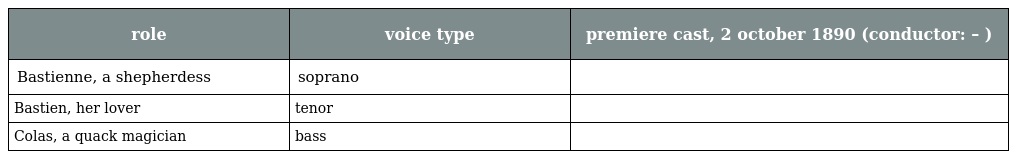
| role | voice type | premiere cast, 2 october 1890 (conductor: – ) |
 | --- | --- | --- |
 | Bastienne, a shepherdess | soprano |  |
 | Bastien, her lover | tenor |  |
 | Colas, a quack magician | bass |  |